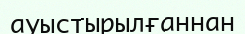
ауыстырылғаннан